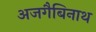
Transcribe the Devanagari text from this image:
अजगैबिनाथ